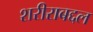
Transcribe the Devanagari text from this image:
शरीराबद्दल